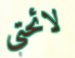
لائحتي